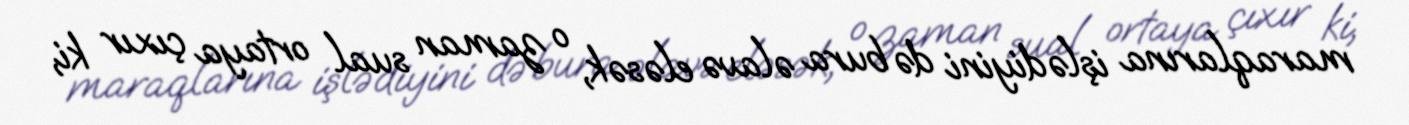
maraqlarına işlədiyini də bura əlavə eləsək, o zaman sual ortaya çıxır ki,